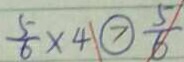
\frac { 5 } { 6 } \times 4 \textcircled { > } \frac { 5 } { 6 }